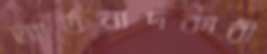
আর্তনাদকারী